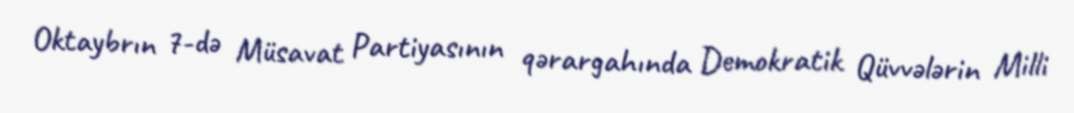
Oktaybrın 7-də Müsavat Partiyasının qərargahında Demokratik Qüvvələrin Milli